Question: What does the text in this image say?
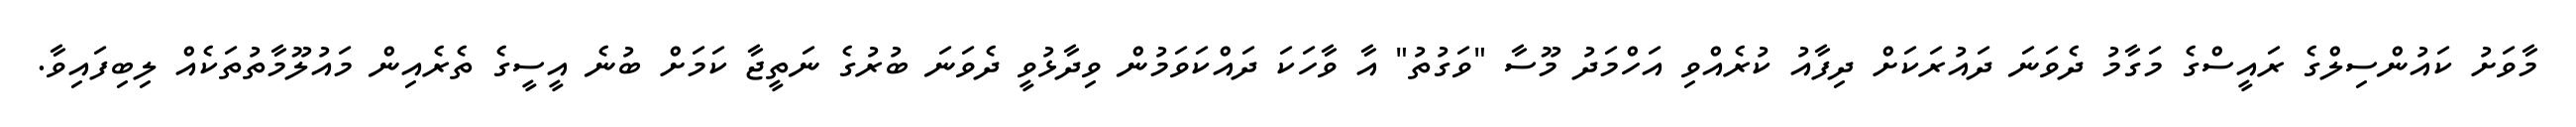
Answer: މާވަށު ކައުންސިލްގެ ރައީސްގެ މަގާމު ދެވަނަ ދައުރަކަށް ދިފާއު ކުރެއްވި އަހްމަދު މޫސާ "ވަގުތު" އާ ވާހަކަ ދައްކަވަމުން ވިދާޅުވީ ދެވަނަ ބުރުގެ ނަތީޖާ ކަމަށް ބުނެ އީސީގެ ތެރެއިން މައުލޫމާތުތަކެއް ލިބިފައިވާ.